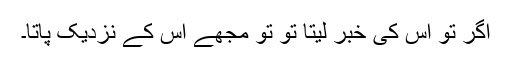
اگر تو اس کی خبر لیتا تو تو مجھے اس کے نزدیک پاتا۔